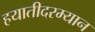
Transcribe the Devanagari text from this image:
हयातीदरम्यान